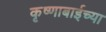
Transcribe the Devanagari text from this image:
कृष्णाबाईच्या